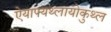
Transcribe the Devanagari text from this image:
ऐयाफ्यथ्लायोकुथ्ल